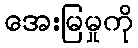
အေးမြမှုကို